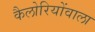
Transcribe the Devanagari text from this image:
कैलोरियोंवाला